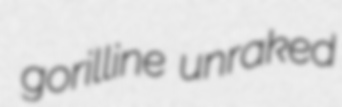
gorilline unraked